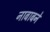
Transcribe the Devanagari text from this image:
नाबाबने